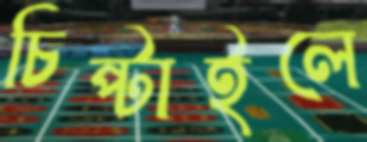
চিপ্‌টাইলে